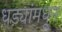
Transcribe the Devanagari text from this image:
धड्यांमधून